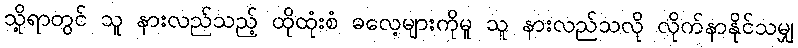
သို့ရာတွင် သူ နားလည်သည့် ထိုထုံးစံ ဓလေ့များကိုမူ သူ နားလည်သလို လိုက်နာနိုင်သမျှ